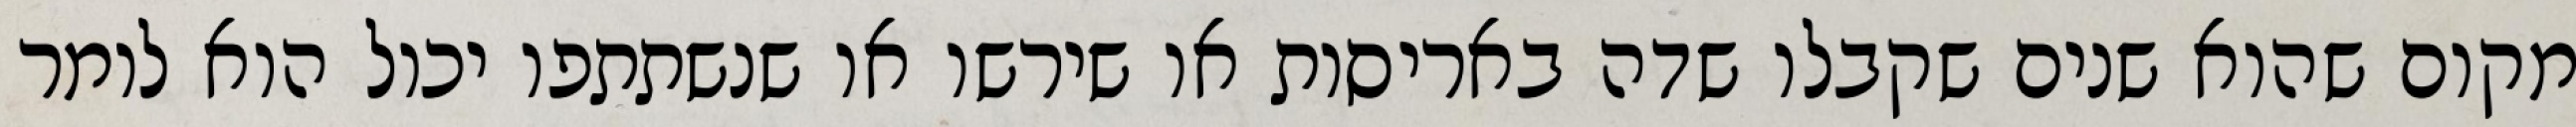
מקום שהוא שנים שקבלו שדה באריסות או שירשו או שנשתתפו יכול הוא לומר